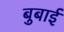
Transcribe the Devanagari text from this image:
बुबाई